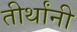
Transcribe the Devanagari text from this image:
तीर्थांनी